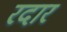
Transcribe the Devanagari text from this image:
रदार